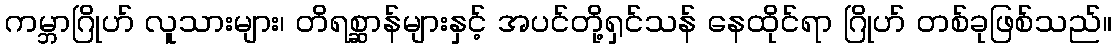
ကမ္ဘာဂြိုဟ် လူသားများ၊ တိရစ္ဆာန်များနှင့် အပင်တို့ရှင်သန် နေထိုင်ရာ ဂြိုဟ် တစ်ခုဖြစ်သည်။